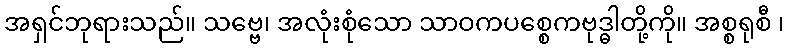
အရှင်ဘုရားသည်။ သဗ္ဗေ၊ အလုံးစုံသော သာဝကပစ္စေကဗုဒ္ဓါတို့ကို။ အစ္စရုစီ ၊